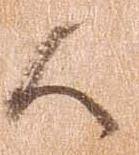
候